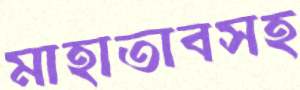
মাহাতাবসহ